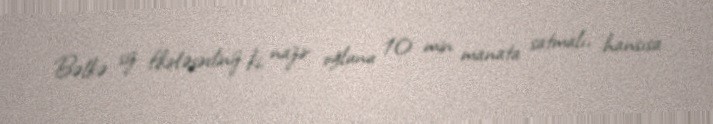
Bəlkə siz fikirləşirdiniz ki, nazir oğlunu 10 min manata satmalı, hansısa